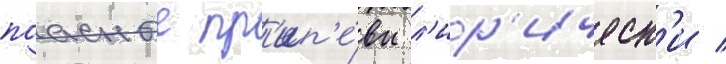
поасные пр'ип'е́вы л'ир'ическ'и /